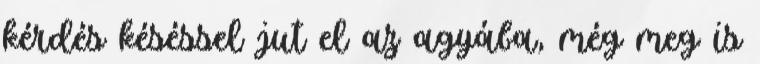
kérdés késéssel jut el az agyába, még meg is